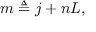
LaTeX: m \triangleq j + n L ,